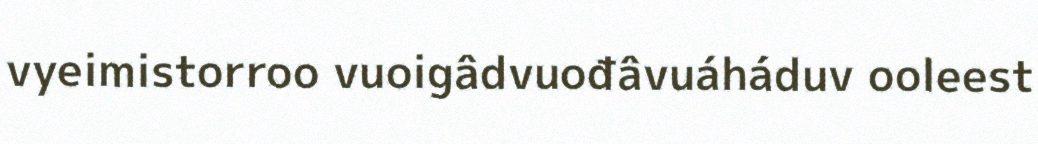
vyeimistorroo vuoigâdvuođâvuáháduv ooleest